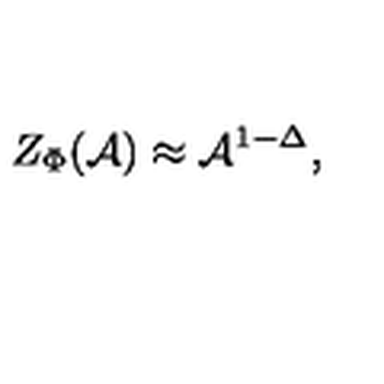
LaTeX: Z _ { \Phi } ( { \cal { A } } ) \approx { \cal { A } } ^ { 1 - \Delta } ,